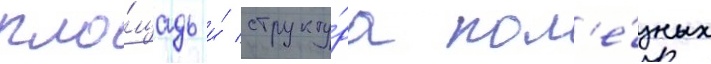
пло́щадь и́ структу́ра пол'е́зных